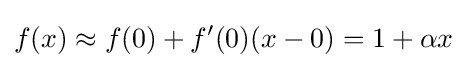
f(x)\approx f(0)+f'(0)(x-0)=1+\alpha x